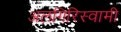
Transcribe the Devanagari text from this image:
अलगिरिस्वामी